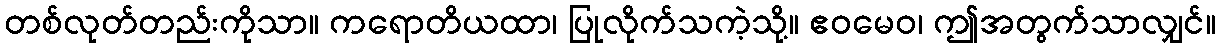
တစ်လုတ်တည်းကိုသာ။ ကရောတိယထာ၊ ပြုလိုက်သကဲ့သို့။ ဧဝမေဝ၊ ဤအတွက်သာလျှင်။